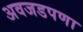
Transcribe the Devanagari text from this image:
अवजडपणा